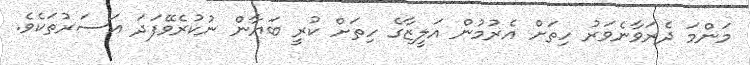
މަންމަ ދެރަވާނެވަރު ހިތަށް އެރުމުން އަލީޒާގެ ހިތަށް ކުރީ ބަޔާން ނުކުރެވޭފަދަ އަސަރުތަކެވެ.